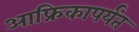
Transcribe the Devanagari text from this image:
आफ्रिकापर्यंत